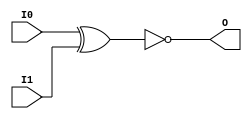

/*

FUNCTION	: 2-INPUT XNOR GATE

*/

`timescale  100 ps / 10 ps

`celldefine

module XNOR2 (O, I0, I1);


    output O;

    input  I0, I1;

	xnor X1 (O, I0, I1);

    specify
	(I0 *> O) = (0, 0);
	(I1 *> O) = (0, 0);
    endspecify

endmodule

`endcelldefine